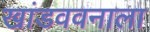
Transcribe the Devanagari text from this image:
खांडववनाला